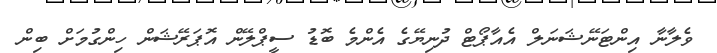
ވެލާނާ އިންޓަނޭޝަނަލް އެއާޕޯޓް ދުނިޔޭގެ އެންމެ ބޮޑު ސީޕްލޭން އޮޕަރޭޝަން ހިންގުމަށް ބިން